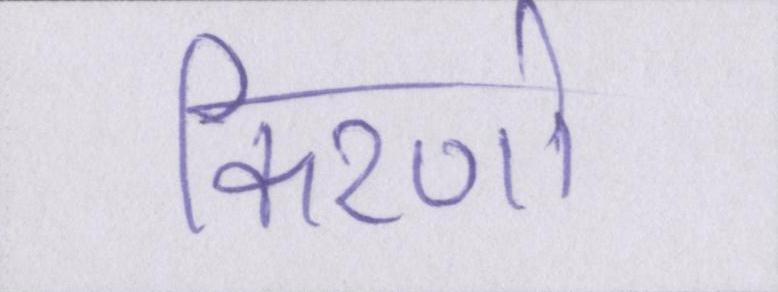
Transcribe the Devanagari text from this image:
किरणो